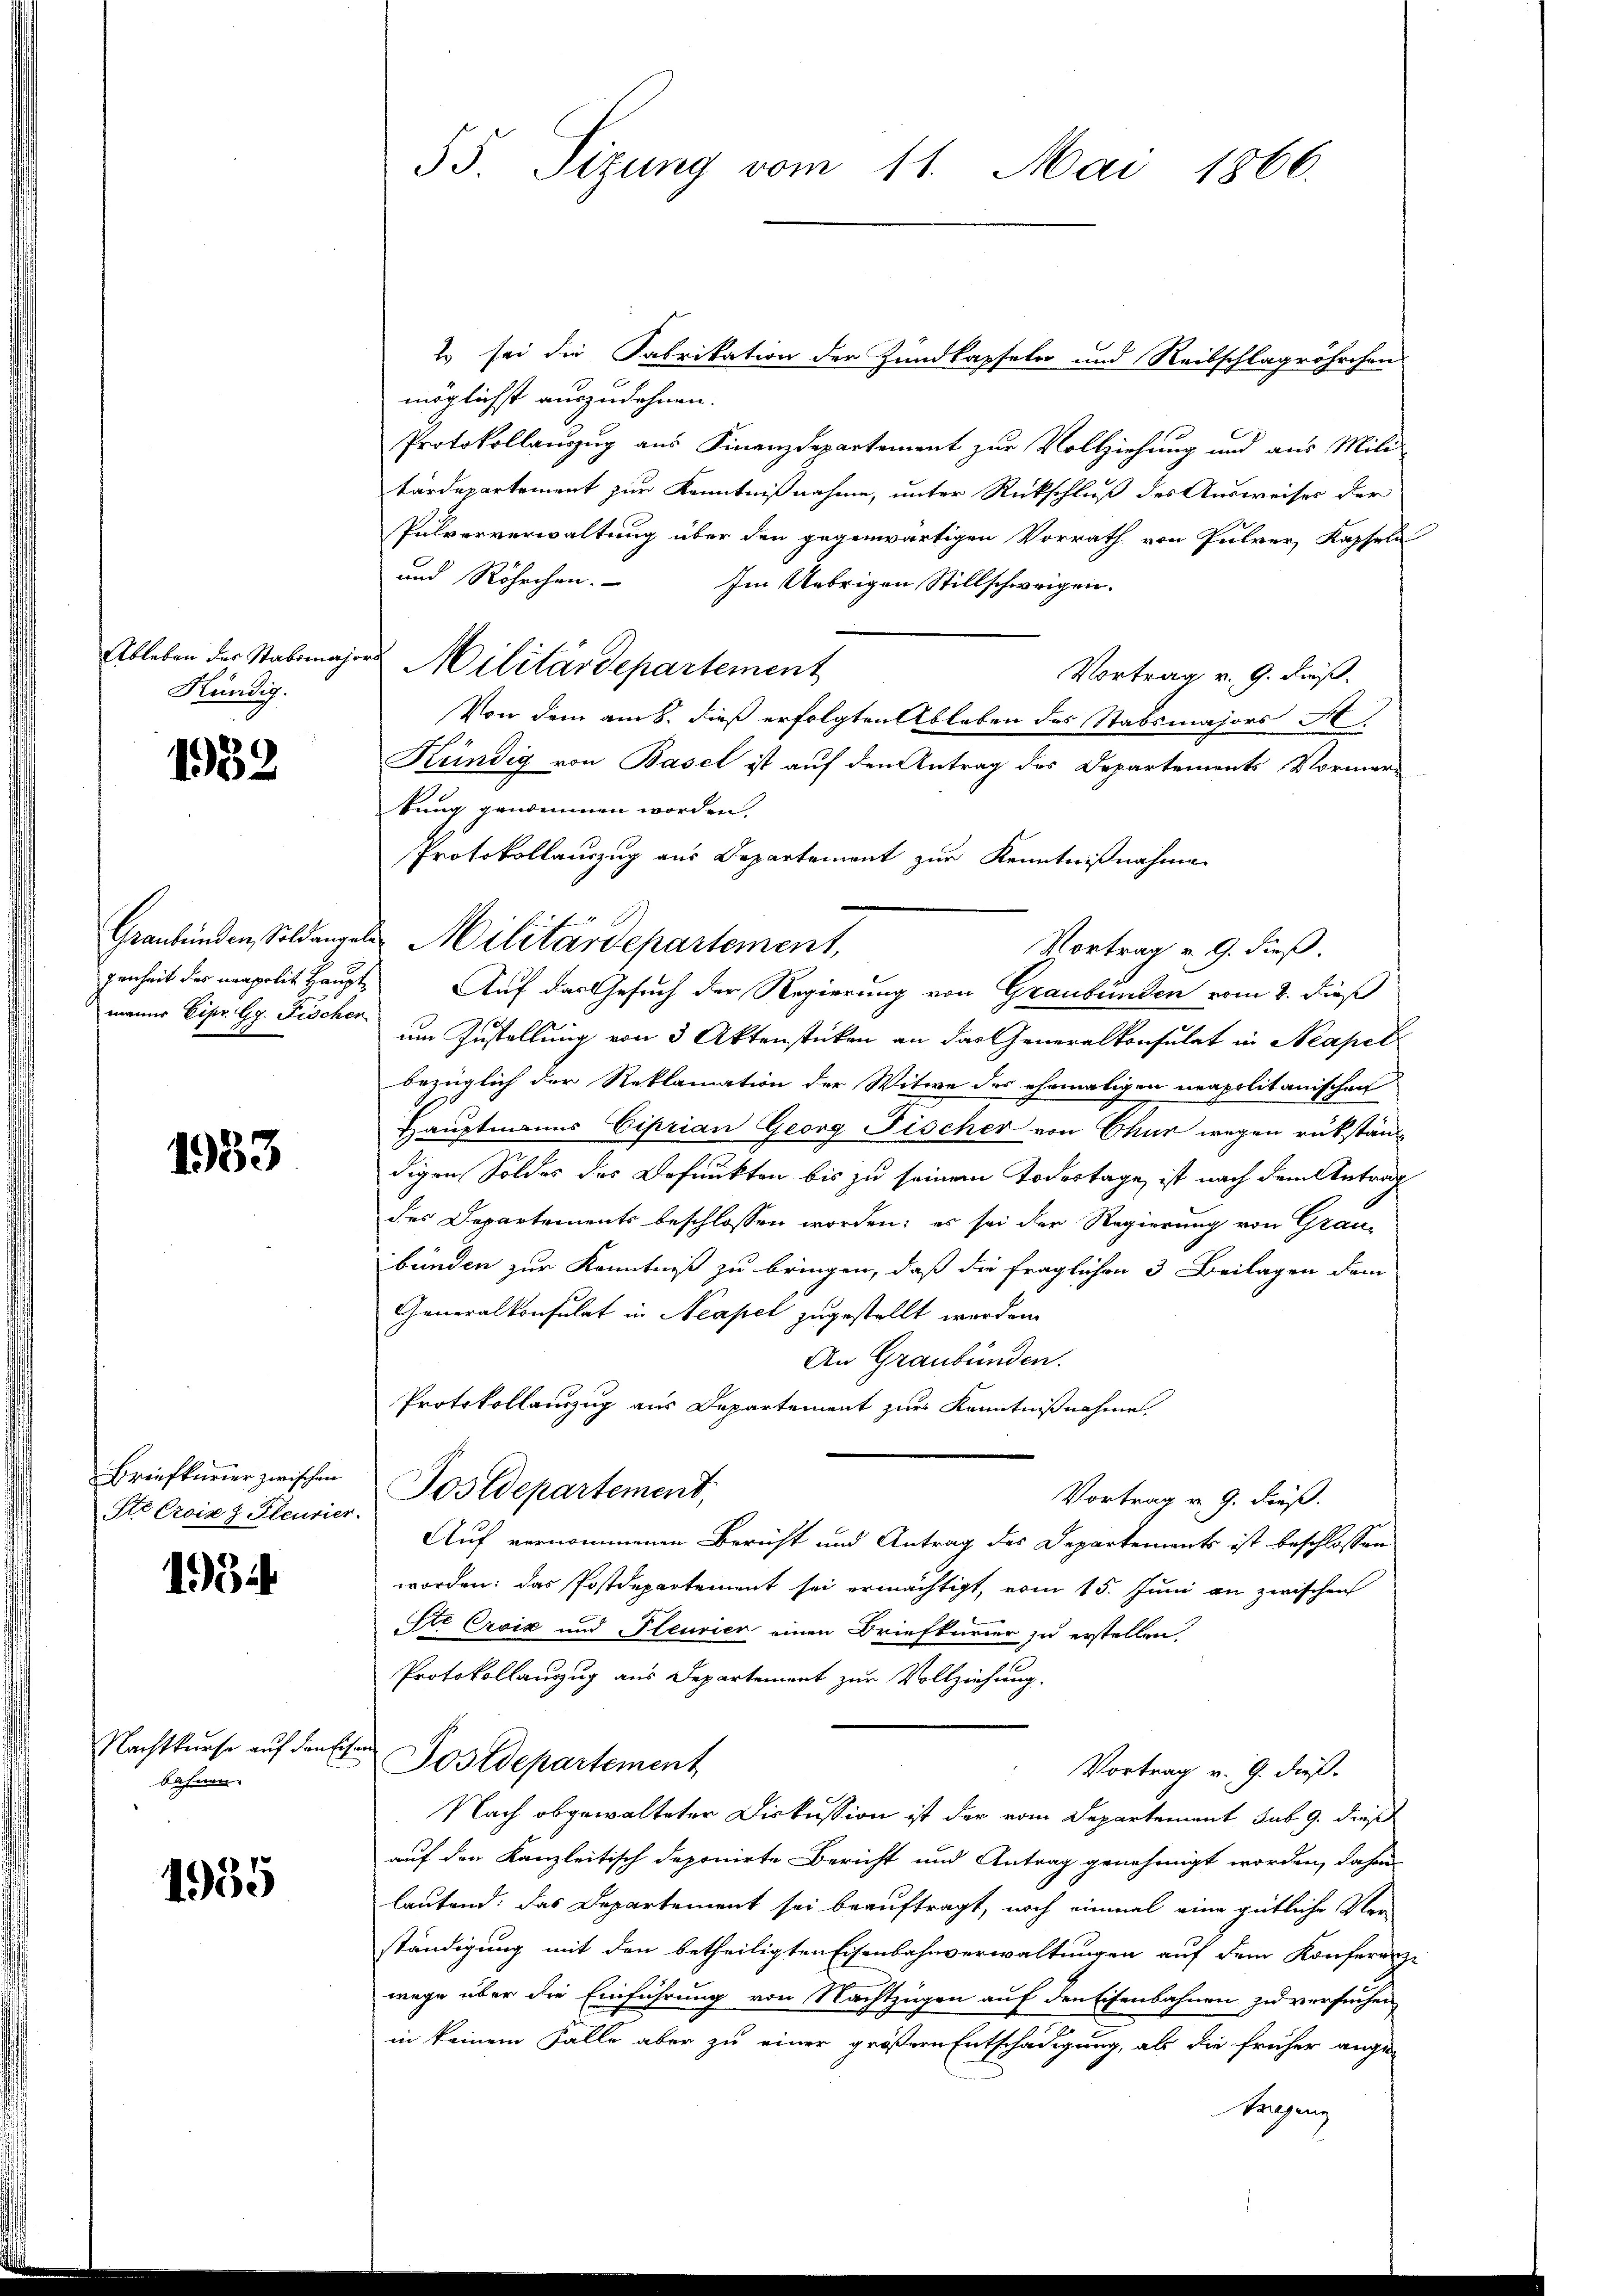
Kündig.

1932

manns Eipr. G. Fischer

1933

Briefkurier zwischen

34

bahnen.

1935

Es sei die Fabrikation der Zundkapseln und Reibschlagröhrchen
möglichst auszudehnen.
Protokollauszug aus Finanzdepartement zur Vollziehung und aus Mili
tärdepartement zur Kenntnißnahme, unter Rückschluß des Ausweises der
Pulververwaltung über den gegenwärtigen Vorrath von Pulver, Kapseln
und Röhrchen. Im Uebrigen Stillschweigen.
Ableben der Stabsmajors Militärdepartement
Vortrag v. 9. dieß.
Von dem am 8. dieß erfolgten Ableben des Stabsmajors A
Kündig von Basel ist auf den Antrag des Departements, Vormer-
kung genommen worden.
Protokollauszug aus Departement zur Kenntnißnahme
Graubünden, Soldangel Militärdepartement,
Vortrag v. 9. dieß.
genheit des neapolit Haupt, Auf das Gesuch der Regierung von Graubünden vom 2. dieß
um Zustellung von 3 Aktenstücken an das Generalkonsulat in Neapel
bezüglich der Reklamation der Witwe der ehemaligen neapolitanischen
Hauptmanns Ciprian Georg Fischer von Chur wegen rükstän
digen Soldes des Befunkten bis zu seinem Todestage ist nach dem Antrag
des Departements beschlossen worden; es sei der Regierung von Graubünden zur Kenntniß zu bringen, daß die fraglichen 3 Beilagen dem
Generalkonsulat in Neapel zugestellt werden.
An Graubünden.
Protokollauszug aus Departement zur Kenntnißnahme.
Vortrag v. 9. dieß.
Sto Orcirt Heurier. Postdepartement,
Auf vernommenen Bericht und Antrag des Departements ist beschlossen
worden; das Postdepartement sei ermächtigt, vom 15. Juni an zwischen
Str Croix und Steurier einen Briefkurier zu erstellen,
Protokollauszug aus Departement zur Vollziehung.
Nachtkurse auf den Eisen Postdepartement
Vortrag v. 9. dieß.
Nach abgewalteter Diskussion ist der vom Departement sub 9. dieses
auf den Kanzleitisch deponirte Bericht und Antrag genehmigt worden, dahin
lautend: das Departement sei beauftragt, noch einmal eine gütliche Ver-
ständigung mit den betheiligten Eisenbahnverwaltungen auf dem Konferenz-
wege über die Einführung von Nachtzügen auf den Eisenbahnen zu versuchen
in keinem Falle aber zu einer größern Entschädigung, als die früher ange-
kanging

55. Sizung vom 11. Mai 1866.